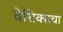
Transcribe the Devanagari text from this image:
वेसिक्सचा